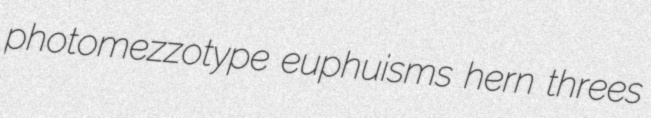
photomezzotype euphuisms hern threes